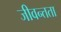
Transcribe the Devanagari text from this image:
जीवन्‍तता